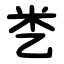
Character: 㐘